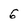
Character: 6